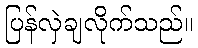
ပြန်လှဲချလိုက်သည်။